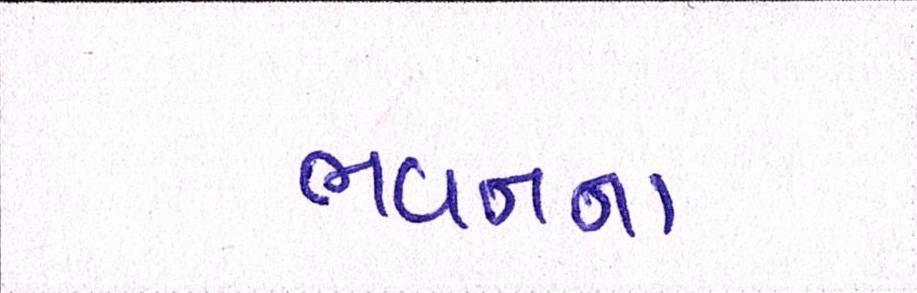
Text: ભવનના